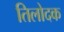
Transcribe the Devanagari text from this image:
तिलोदक